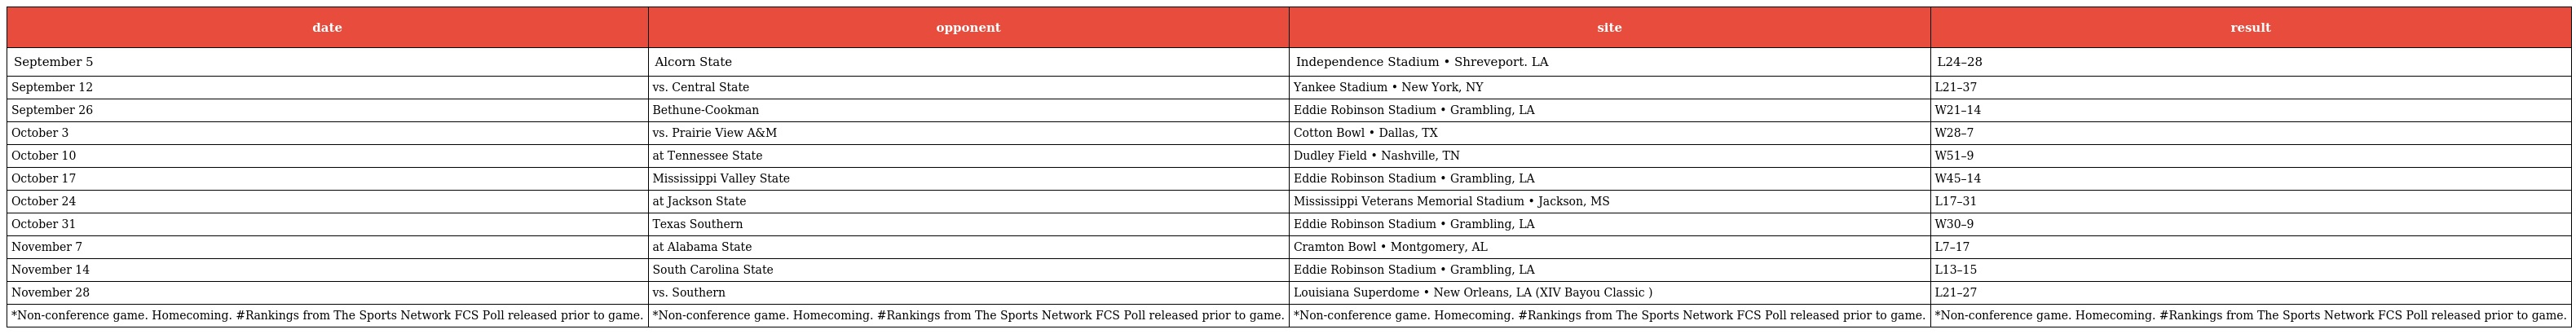
| date | opponent | site | result |
 | --- | --- | --- | --- |
 | September 5 | Alcorn State | Independence Stadium • Shreveport. LA | L24–28 |
 | September 12 | vs. Central State | Yankee Stadium • New York, NY | L21–37 |
 | September 26 | Bethune-Cookman | Eddie Robinson Stadium • Grambling, LA | W21–14 |
 | October 3 | vs. Prairie View A&M | Cotton Bowl • Dallas, TX | W28–7 |
 | October 10 | at Tennessee State | Dudley Field • Nashville, TN | W51–9 |
 | October 17 | Mississippi Valley State | Eddie Robinson Stadium • Grambling, LA | W45–14 |
 | October 24 | at Jackson State | Mississippi Veterans Memorial Stadium • Jackson, MS | L17–31 |
 | October 31 | Texas Southern | Eddie Robinson Stadium • Grambling, LA | W30–9 |
 | November 7 | at Alabama State | Cramton Bowl • Montgomery, AL | L7–17 |
 | November 14 | South Carolina State | Eddie Robinson Stadium • Grambling, LA | L13–15 |
 | November 28 | vs. Southern | Louisiana Superdome • New Orleans, LA (XIV Bayou Classic ) | L21–27 |
 | *Non-conference game. Homecoming. #Rankings from The Sports Network FCS Poll released prior to game. | *Non-conference game. Homecoming. #Rankings from The Sports Network FCS Poll released prior to game. | *Non-conference game. Homecoming. #Rankings from The Sports Network FCS Poll released prior to game. | *Non-conference game. Homecoming. #Rankings from The Sports Network FCS Poll released prior to game. |